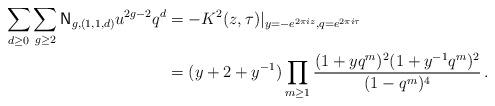
LaTeX: \begin{align*}\sum_{d \geq 0} \sum_{g \geq 2} \mathsf{N}_{g, (1,1,d)} u^{2g-2} q^{d} &= -K^2(z,\tau)|_{y=-e^{2\pi i z}, q=e^{2\pi i\tau}}\\ &= (y + 2 + y^{-1}) \prod_{m \geq 1} \frac{(1 + y q^m)^2 (1 + y^{-1} q^m)^2}{(1-q^m)^4} \,.\end{align*}